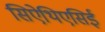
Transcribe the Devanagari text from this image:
सिऐथिएसिई